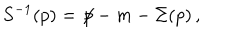
S ^ { - 1 } ( p ) = { \not \! p } - m - \Sigma ( p ) \, ,